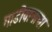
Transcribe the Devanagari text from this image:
गाडीवानाचा